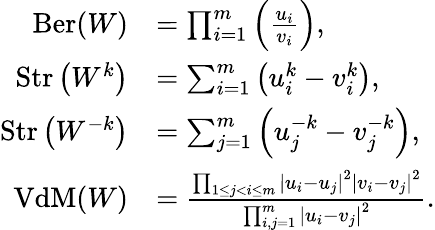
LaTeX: \begin{array}{rl}{{\mathrm{Ber}}(W)}&{=\prod_{i=1}^{m}\left(\frac{u_{i}}{v_{i}}\right),}\\ {{\mathrm{Str}}\left(W^{k}\right)}&{=\sum_{i=1}^{m}\left(u_{i}^{k}-v_{i}^{k}\right),}\\ {{\mathrm{Str}}\left(W^{-k}\right)}&{=\sum_{j=1}^{m}\left(u_{j}^{-k}-v_{j}^{-k}\right),}\\ {{\mathrm{VdM}}(W)}&{=\frac{\prod_{1\leq j<i\leq m}\left|u_{i}-u_{j}\right|^{2}\left|v_{i}-v_{j}\right|^{2}}{\prod_{i,j=1}^{m}\left|u_{i}-v_{j}\right|^{2}}.}\end{array}